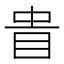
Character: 𥅌